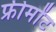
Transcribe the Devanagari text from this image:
फ्रीमोंट